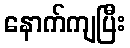
နောက်ကျပြီး